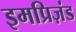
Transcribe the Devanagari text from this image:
इमप्रिज़ंड